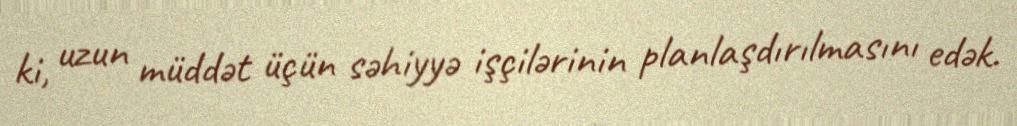
ki, uzun müddət üçün səhiyyə işçilərinin planlaşdırılmasını edək.